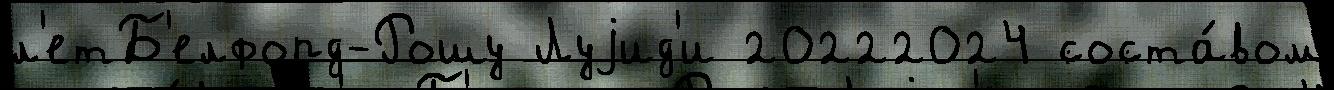
л'етБ'елфорд-Рошу Луjид'и 20222024 соста́вом